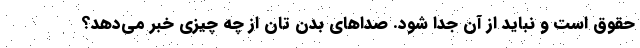
حقوق است و نباید از آن جدا شود. صدا‌های بدن تان از چه چیزی خبر می‌دهد؟